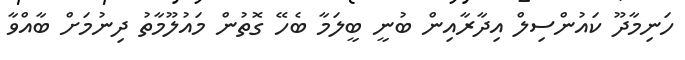
ހަނިމާދޫ ކައުންސިލް އިދާރާއިން ބުނީ ބީލަމާ ބެހޭ ގޮތުން މައުލޫމާތު ދިނުމަށް ބާއްވާ